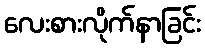
လေးစားလိုက်နာခြင်း